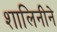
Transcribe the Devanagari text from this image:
शालिनीने